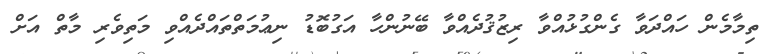
ތިމާމެން ހައްދަވާ ގެންގުޅުއްވާ ރިޒުޤުދެއްވާ ބޭނުންހާ އަގުބޮޑު ނިޢުމަތްތައްދެއްވި މަތިވެރި މާތް އަށް